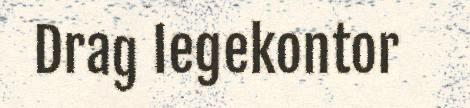
Drag legekontor